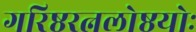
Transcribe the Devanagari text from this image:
गरिष्ठरत्नलोष्ठयोः